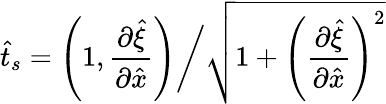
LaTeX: \hat{t}_{s}=\left(1,\frac{\partial\hat{\xi}}{\partial\hat{x}}\right)\bigg/\sqrt{1+\left(\frac{\partial\hat{\xi}}{\partial\hat{x}}\right)^{2}}